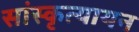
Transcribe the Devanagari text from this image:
सांस्कृत्यायन